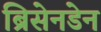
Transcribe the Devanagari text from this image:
ब्रिसेनडेन